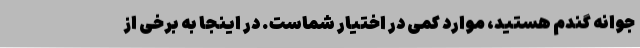
جوانه گندم هستید، موارد کمی در اختیار شماست. در اینجا به برخی از